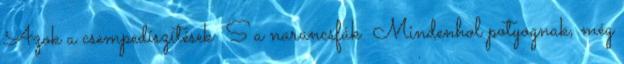
Azok a csempedíszítések S a narancsfák Mindenhol potyognak, még